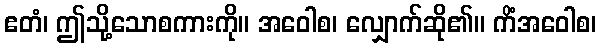
ဧတံ၊ ဤသို့သောစကားကို။ အဝေါစ၊ လျှောက်ဆို၏။ ကိံအဝေါစ၊